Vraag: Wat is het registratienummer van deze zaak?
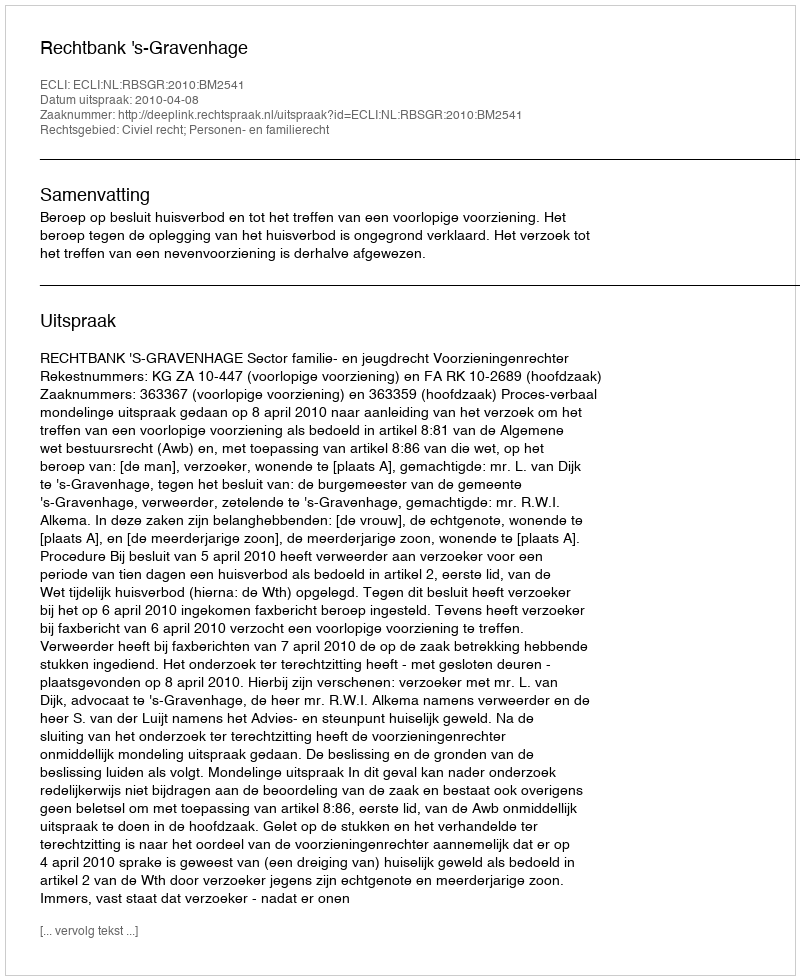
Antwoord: http://deeplink.rechtspraak.nl/uitspraak?id=ECLI:NL:RBSGR:2010:BM2541